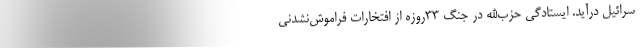
سرائیل درآید. ایستادگی حزب‌الله در جنگ ۳۳روزه از افتخارات فراموش‌نشدنی